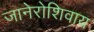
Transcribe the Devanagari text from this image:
जानेरोशिवाय